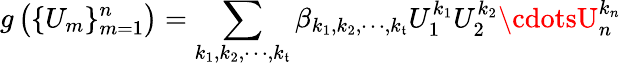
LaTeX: g\left(\{ U_{m}\} _{m=1}^{n}\right)=\sum_{k_{1},k_{2},\cdots,k_{\mathfrak{t}}}\beta_{k_{1},k_{2},\cdots,k_{\mathfrak{t}}}U_{1}^{k_{1}}U_{2}^{k_{2}}\cdotsU_{n}^{k_{n}}